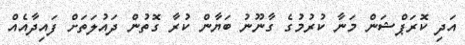
އަދި ކޮރަޕްޝަން މަނާ ކުރުމުގެ ގާނޫނު ބަޔާން ކުރާ ގޮތުން ދައުލަތަށް ފައިދާއެއް